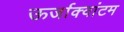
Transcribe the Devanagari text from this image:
ऊर्जाक्वांटम